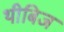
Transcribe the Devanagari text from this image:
थीबिज